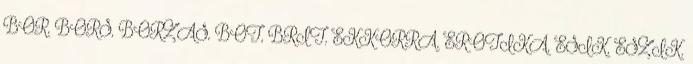
BOR, BORS, BORZAS, BOT, BRIT, EKKORRA, EROTIKA, ESIK, ESZIK,